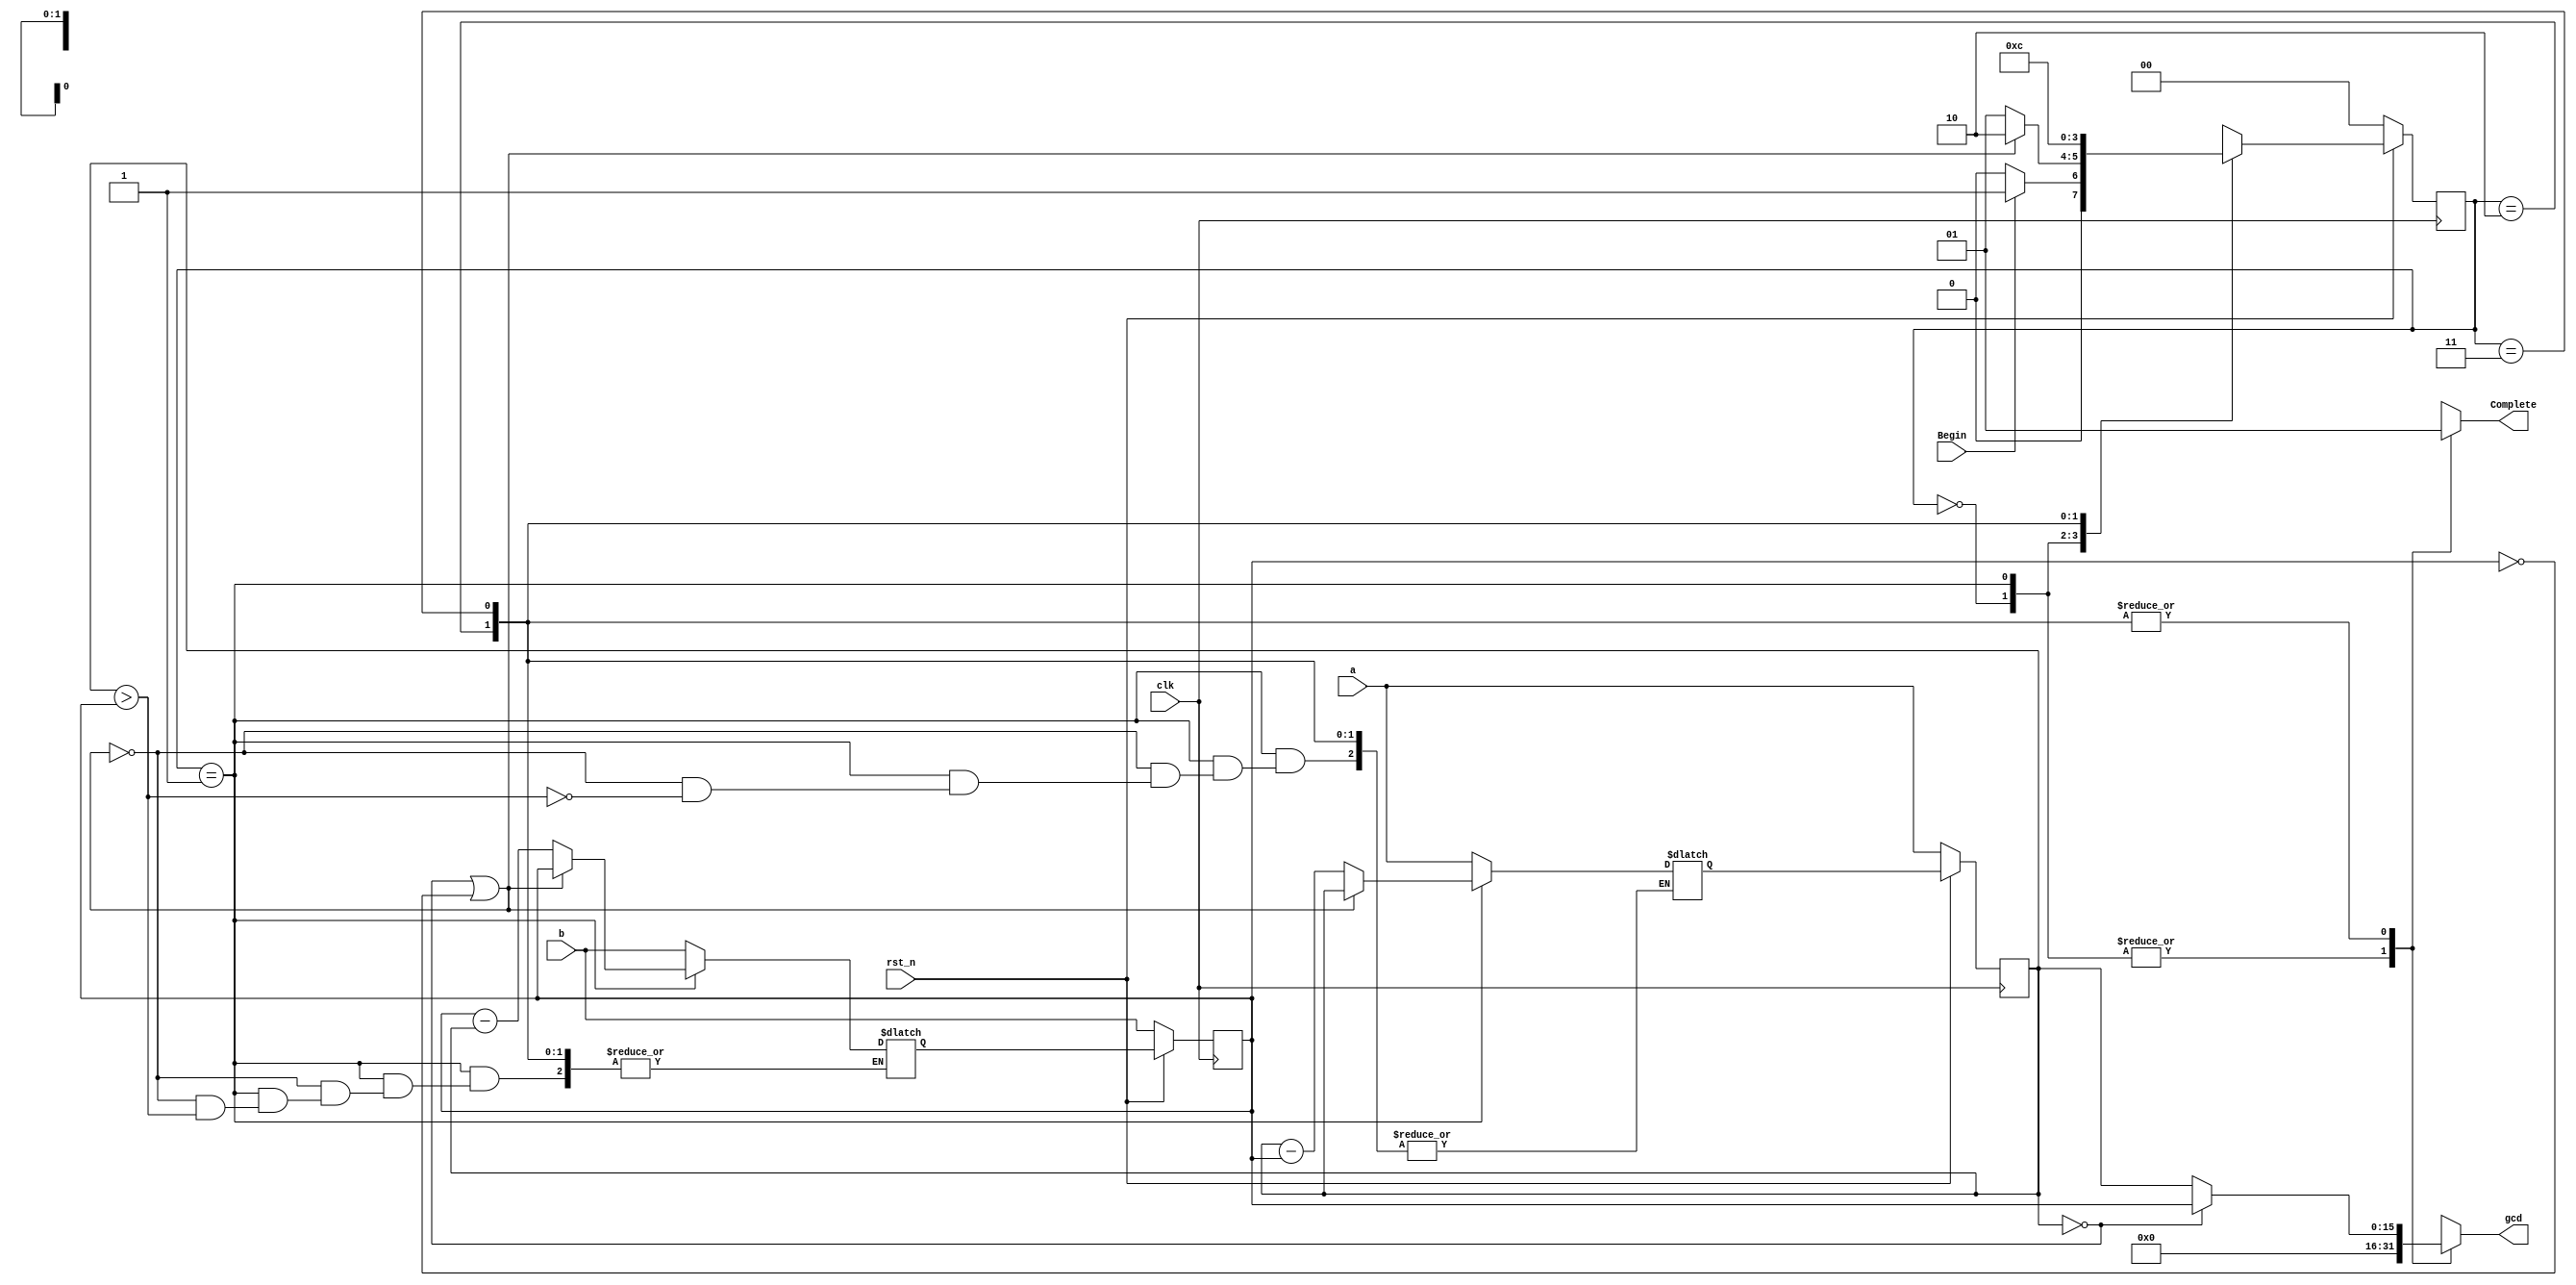
`timescale 1ns/1ps

module Greatest_Common_Divisor (clk, rst_n, Begin, a, b, Complete, gcd);
input clk, rst_n;
input Begin;
input [16-1:0] a;
input [16-1:0] b;
reg [16-1:0] num_a,next_num_a,num_b,next_num_b;
output reg Complete;
output reg [16-1:0] gcd;
reg [2-1:0] state, next_state;


parameter WAIT = 2'b00;
parameter CAL = 2'b01;
parameter FINISH = 2'b10;
parameter FINISH_2 = 2'b11;

    always @(posedge clk) begin
        if(rst_n == 1'b0) begin
            state <= WAIT;
            num_a <= a;
            num_b <= b;
        end
        else begin
            state <= next_state;
            num_a <= next_num_a;
            num_b <= next_num_b;
        end
    end

    always @(*) begin
        case (state)
            WAIT : begin
                if(Begin == 1'b1) begin
                    next_state = CAL;
                    next_num_a = a;
                    next_num_b = b;
                end
                else begin 
                    next_state = WAIT;
                    next_num_a = a;
                    next_num_b = b;
                end
                Complete = 1'b0;
                gcd = 16'b0;
            end
            CAL : begin
                Complete = 1'b0;
                gcd = 16'b0;
                if(num_a == 16'b0 || num_b == 16'b0) begin
                    next_state = FINISH;
                    next_num_a = num_a;
                    next_num_b = num_b;
                end
                else begin
                    next_state = CAL;
                    if(num_a > num_b) begin 
                        next_num_a = num_a-num_b;
                    end
                    else begin
                        next_num_b = num_b-num_a;
                    end
                end
            end
            FINISH : begin 
                Complete = 1'b1;
                if(num_a == 16'b0) begin
                    gcd = num_b;
                end
                else begin
                    gcd = num_a;
                end
                next_state = FINISH_2;
            end
            FINISH_2 : begin 
                Complete = 1'b1;
                if(num_a == 16'b0) begin
                    gcd = num_b;
                end
                else begin
                    gcd = num_a;
                end
                next_state = WAIT;
            end
        endcase
    end


endmodule